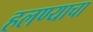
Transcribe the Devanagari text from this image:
हलण्याचा